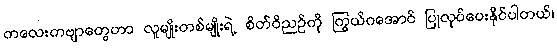
ကလေးကဗျာတွေဟာ လူမျိုးတစ်မျိုးရဲ့ စိတ်ဝိညဉ်ကို ကြွယ်ဝအောင် ပြုလုပ်ပေးနိုင်ပါတယ်၊